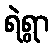
ရဲရွာ